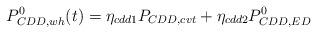
LaTeX: \begin{align*}P_{CDD,wh}^{0}(t)={{\eta }_{cdd1}}{{P}_{CDD,cvt}}+{{\eta}_{cdd2}}P_{CDD,ED}^{0}\end{align*}